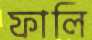
ফালি